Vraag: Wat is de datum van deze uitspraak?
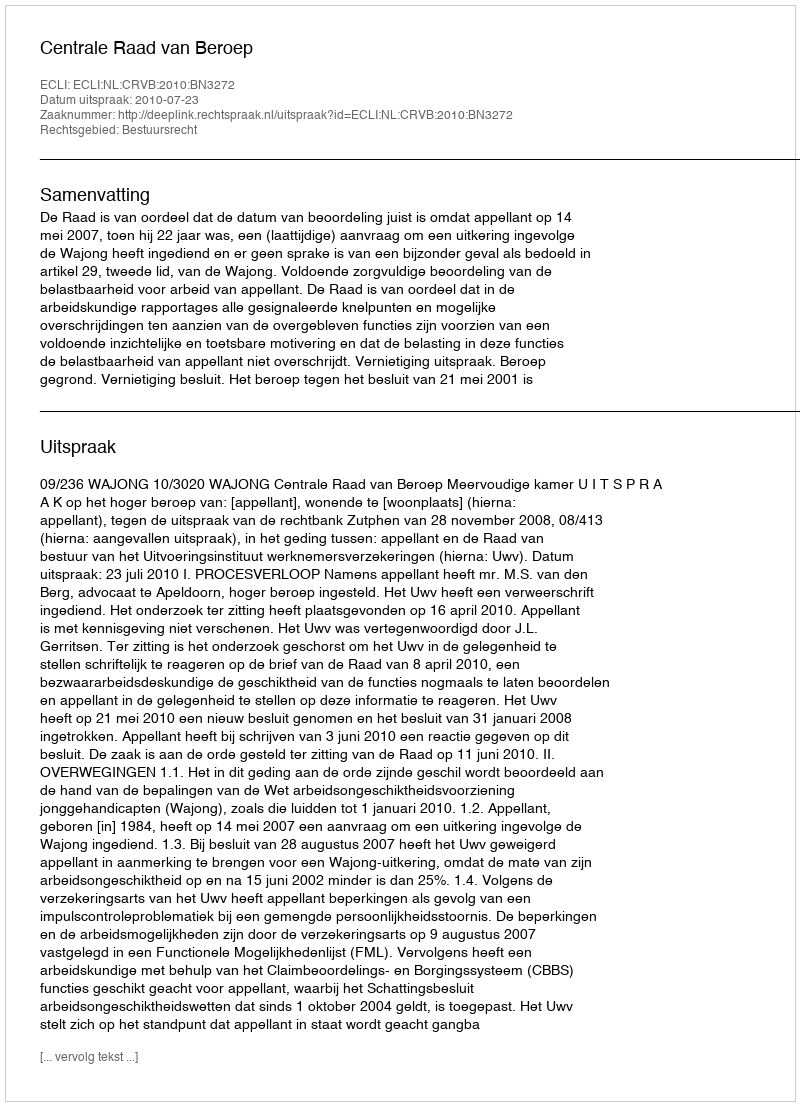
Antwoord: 2010-07-23